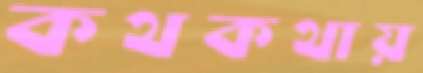
কথকথায়